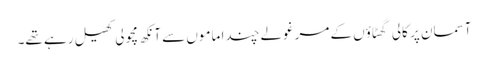
آسمان پر کالی گھٹاؤں کے مرغولے چندا ماموں سے آنکھ مچولی کھیل رہے تھے۔